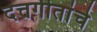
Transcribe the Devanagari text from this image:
दत्तगीतांचे